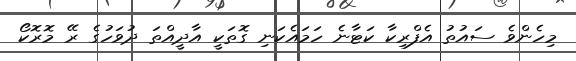
މިހެންވެ ސައުތު އެފްރިކާ ކަޓާނެ ހަމައެކަނި ގޮތަކީ އާދީއްތަ ދުވަހުގެ ރޭ މޮރޮކޯ